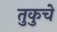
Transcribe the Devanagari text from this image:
तुकुचे